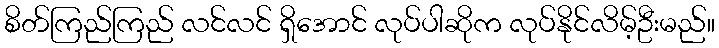
စိတ်ကြည်ကြည် လင်လင် ရှိအောင် လုပ်ပါဆိုက လုပ်နိုင်လိမ့်ဦးမည်။